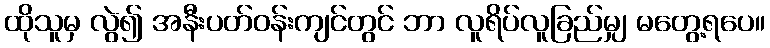
ထိုသူမှ လွဲ၍ အနီးပတ်ဝန်းကျင်တွင် ဘာ လူရိပ်လူခြည်မျှ မတွေ့ရပေ။